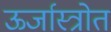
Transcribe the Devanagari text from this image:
ऊर्जास्त्रोत